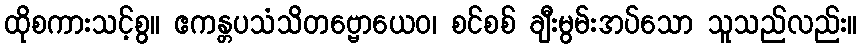
ထိုစကားသင့်စွ။ ဧကန္တပသံသိတဗ္ဗောယေဝ၊ စင်စစ် ချီးမွမ်းအပ်သော သူသည်လည်း။